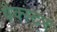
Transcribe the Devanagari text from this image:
बैक्स्टर